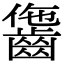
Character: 𪘗